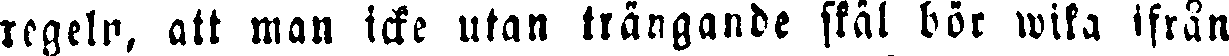
regeln, att man icke utan trängande skäl bör wisa ifrån